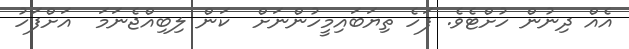
އެއް ދިނުން ހުށްޓެވެ. ފަހެ ތިޔަބައިމީހުންނަށް  ކަން ލިބިއްޖެނަމަ  އަށްފަހު